Newspaper: The Ottawa free trader. [volume]
Place of publication: Ottawa, Ill.
Publisher: John Hise & William Osman
Date: 1870-02-05 00:00:00
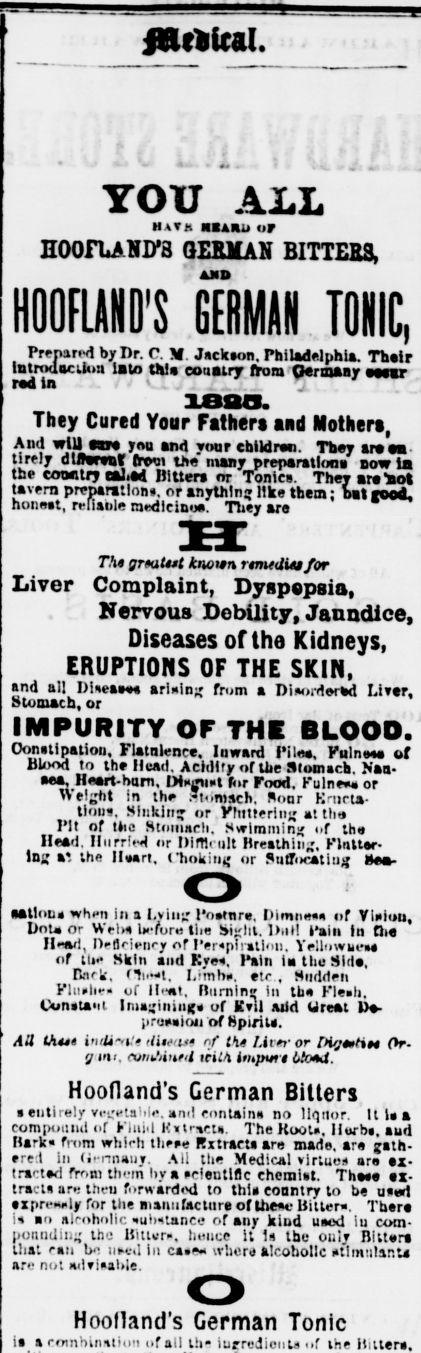
Advertisement text (OCR):
YOU ALL math asAau or nOOfLAHiys QEBMAN BITTEE3, TONIC, Prepare bjr Dr. C. M. Jsckson. rhiladriphia. Thair Introdacikm la to Ut! coaatry iron Germany mr I i- . , . ' ' ' iaao. They Cured Your Fathers and Mothers, And wtUtwe jnn snt your cbtldraa. They area tirelt' dlffwvaf frwi the many preparations bow la the comitrj eal.4 BiUers or Tonics. They arefcot tavern preparation, or anything like them; bat nod, honmt, reliaule medleinoa. They are Tht grmitut known rmtUUtor Liver Complaint, Dyspepsia, Nervous Debility, Janndice, Diseases of the Kidneys, ERUPTIONS OF THE SKIN. and all Dines arising from a Diirterd Llftr, Stomach, or IMPURITY OF THE DLOOO. Oonttlpatioa, FUtalnce. Inward Pile, KulnwM of Ulood to the Head. Acidify of Uie S(omch. a sea, Hrt-ham, IMsgimt fc.r Food. Kulnm or Weight in the ."tomsch. "oar Krnrta- tlous. Sinking or .Wintering at tho Pit of isiq Stiiinarli. Switnminjj of th Head. IlnrrM or l)im lilt BretUiiii. Klnttar- iug -. me iiMrt, i uniting or ?utlcatlu satloD whi-n in a I.viiijr I'mmra, Pimrnt of Vlniou, Unuor WelM Ui furu tlia Sij;tit. l).i! fain In (he 1 1 -ail, IVflrii-tiry of lrplitini. YeilowueM of Hi- Skin and Kres, Pain la the Sid, Rnr, ni.-l. I,!mh. et-., Mtidrtrn Klunlif. vf Ht. Ilnrnin? in th Kle.li. tunatam lni-'iniiies of Kvii au aiid Ureal U. pruMioii of Hpinu. AU Uiut i-i. ttinun of tt Hrr or IHymtiM Or g in, (viiMitfl teilA impvti Uoi. Hoofland's German Bitters entirely vccftaM!. ami contains no liquor. ItUa com poii lid of Kluiil Hr,r;. The Koou, liurb. aud Hark fnim whirti tlirre Rxtraru are mads, ar gath-re-.l In (i.-nnuy. All the Medical virtue are z trartad frr.ni th-m by a vrleutlflc ehcraiat. The ex tract are thru firardod to thli eonntry to be ud zprt-Moly for the aianiifacttir of Iheov Bitter". Thar i ao nirnholic ultance of any kind uaod lu com ponnding tho lSiUur., hmice it 1 the ouly Bir that ran Ik; iiciI in ca.- wlicr alcoholic ollmutar.U are not mlTioaUle. Hoofland's German Tonic ia a roinbinlii!i of ail t!i iuf redioula of the Kilter,
Label: text-only